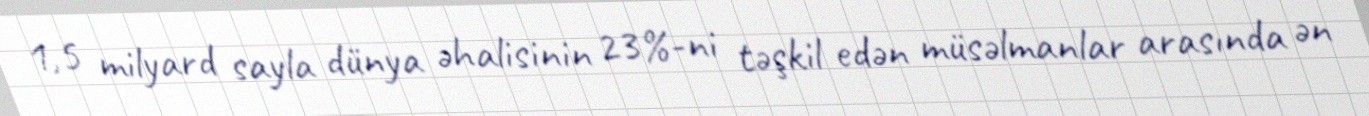
1,5 milyard sayla dünya əhalisinin 23%-ni təşkil edən müsəlmanlar arasında ən